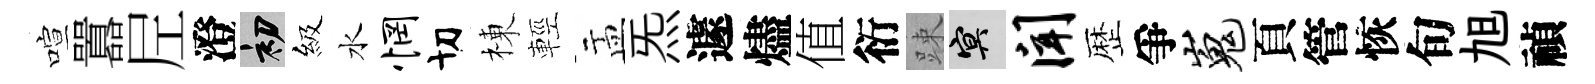
喧囂𡰱澄初級水惘切棟輕盂炁遽燼值衍踈冥闻歴爭嵬頁管恢旬旭禎